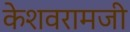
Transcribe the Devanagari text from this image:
केशवरामजी